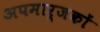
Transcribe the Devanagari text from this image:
अपमार्जकों